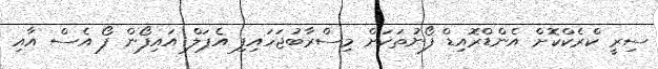
ސިރީ ކްރެކްކޮށް އެންޑްރޮއިޑް ފޯނުތަކަށް މިސްރާބުޖަހައިފި އެޕަލް އައިފޯން ފޯ އެސް އާއި